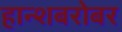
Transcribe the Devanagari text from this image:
हान्शबरोबर